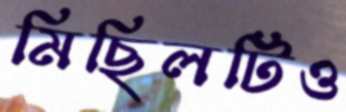
মিছিলটিও